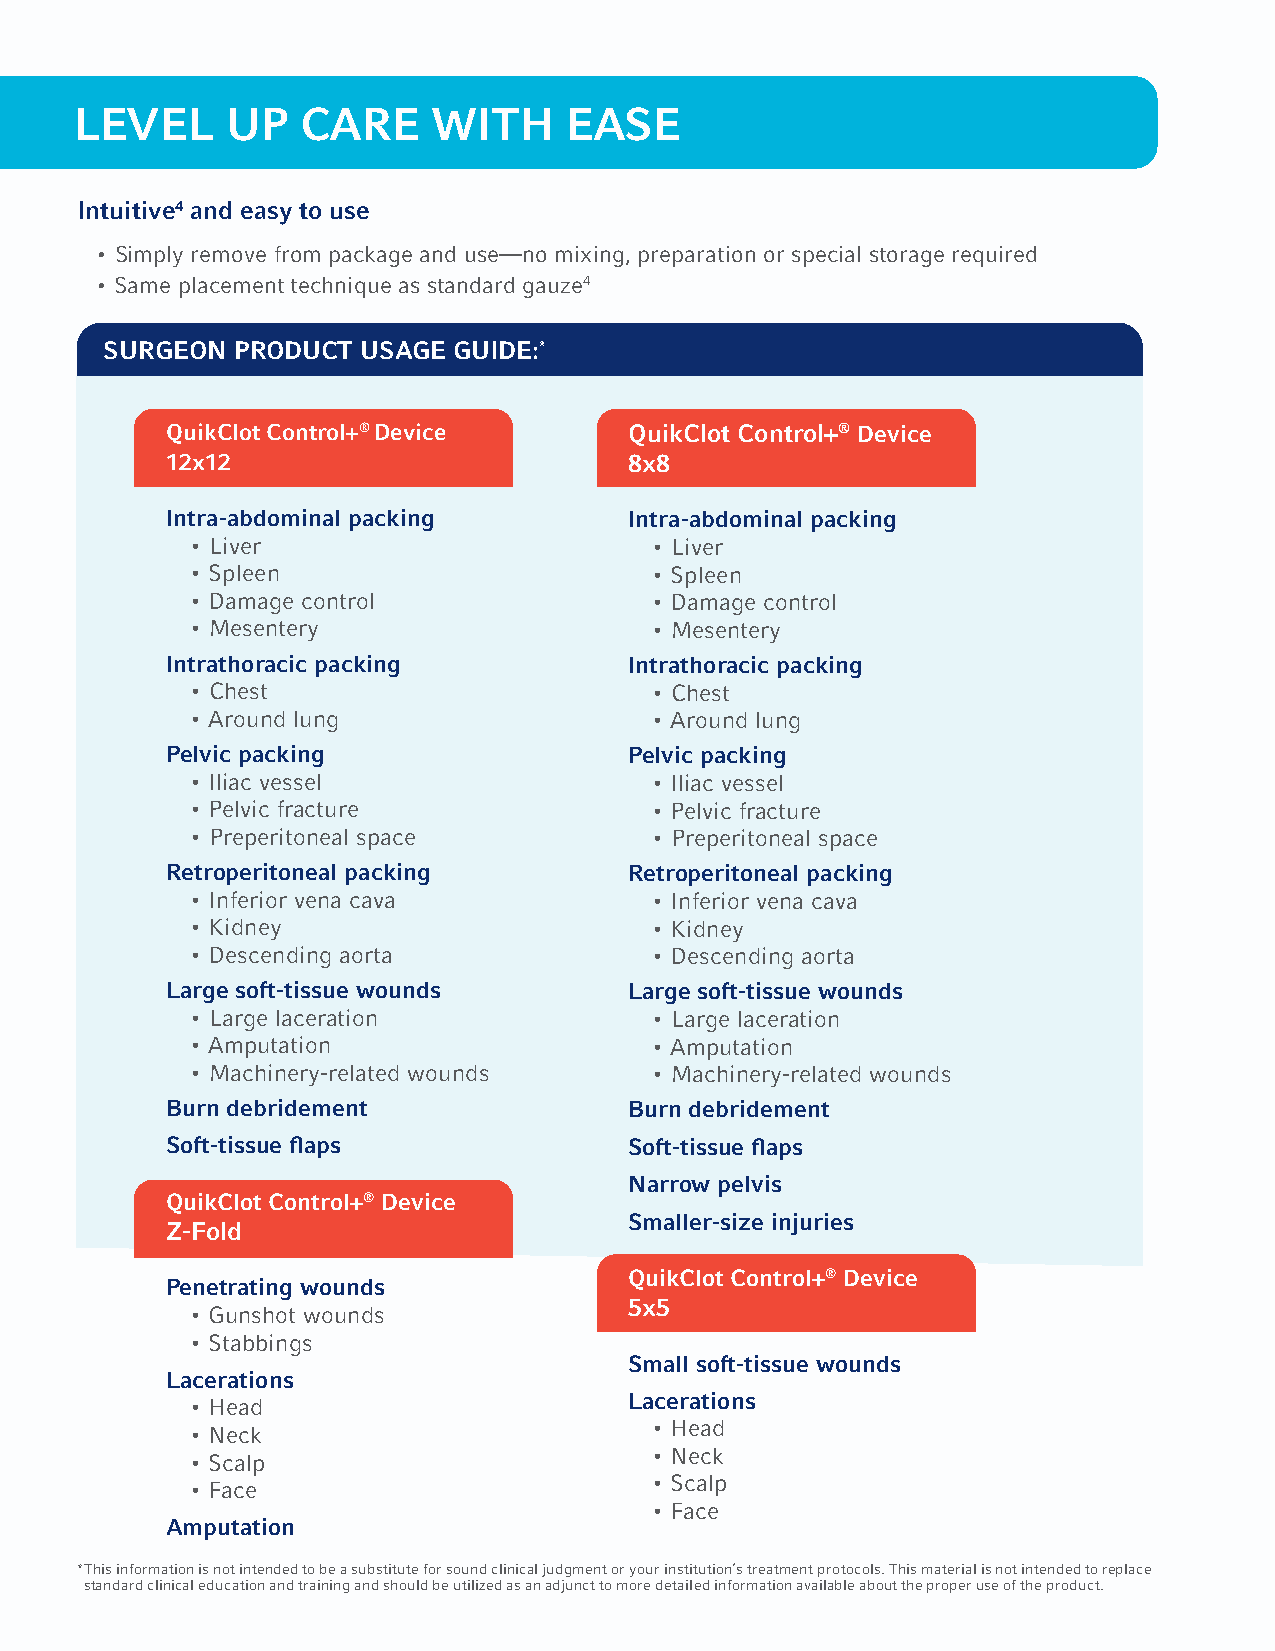
LEVEL     UP   CARE     WITH    EASE
 Intuitive4 and easy to use
 • Simply remove from package and use—no mixing, preparation or special storage required
 • Same placement technique as standard gauze4
 SURGEON PRODUCT  USAGE GUIDE:*
 QuikClot Control+® Device      QuikClot Control+® Device
 12x12                          8x8
 Intra-abdominal packing        Intra-abdominal packing
 • Liver                       • Liver
 • Spleen                      • Spleen
 • Damage control              • Damage control
 • Mesentery                   • Mesentery
 Intrathoracic packing          Intrathoracic packing
 • Chest                       • Chest
 • Around lung                 • Around lung
 Pelvic packing                 Pelvic packing
 • Iliac vessel                • Iliac vessel
 • Pelvic fracture             • Pelvic fracture
 • Preperitoneal space         • Preperitoneal space
 Retroperitoneal packing        Retroperitoneal packing
 • Inferior vena cava          • Inferior vena cava
 • Kidney                      • Kidney
 • Descending aorta            • Descending aorta
 Large soft-tissue wounds       Large soft-tissue wounds
 • Large laceration            • Large laceration
 • Amputation                  • Amputation
 • Machinery-related wounds    • Machinery-related wounds
 Burn debridement               Burn debridement
 Soft-tissue flaps              Soft-tissue flaps
 Narrow pelvis
 QuikClot Control+® Device
 Smaller-size injuries
 Z-Fold
 QuikClot Control+® Device
 Penetrating wounds
 5x5
 • Gunshot wounds
 • Stabbings
 Small soft-tissue wounds
 Lacerations
 Lacerations
 • Head
 • Head
 • Neck
 • Neck
 • Scalp
 • Scalp
 • Face
 • Face
 Amputation
 * This information is not intended to be a substitute for sound clinical judgment or your institution’s treatment protocols. This material is not intended to replace
 standard clinical education and training and should be utilized as an adjunct to more detailed information available about the proper use of the product.